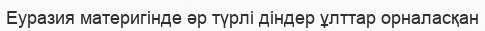
Еуразия материгінде әр түрлі діндер ұлттар орналасқан